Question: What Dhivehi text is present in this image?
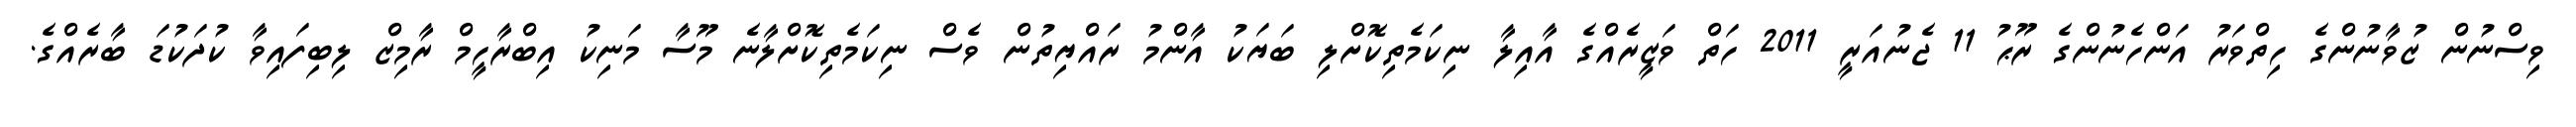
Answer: ވިސްނުން ޒުވާނުންގެ ހިތްވަރު އަންހެނުންގެ ރޫޙު 11 ޖެނުއަރީ 2011 ހަތް ވަޒީރެއްގެ އާއިލާ ނިކަމެތިކޮށްލި ބަޔަކު އާންމު ރައްޔިތުން ވެސް ނިކަމެތިކޮށްލާނެ މޫސާ މަނިކު އިބްރާހީމް ރާމިޒް ލިބިފައިވާ ކުދަކުޑަ ބާރެއްގެ.